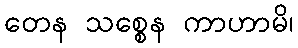
တေန သစ္စေန ကာဟာမိ၊